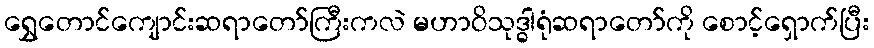
ရွှေတောင်ကျောင်းဆရာတော်ကြီးကလဲ မဟာဝိသုဒ္ဓါရုံဆရာတော်ကို စောင့်ရှောက်ပြီး